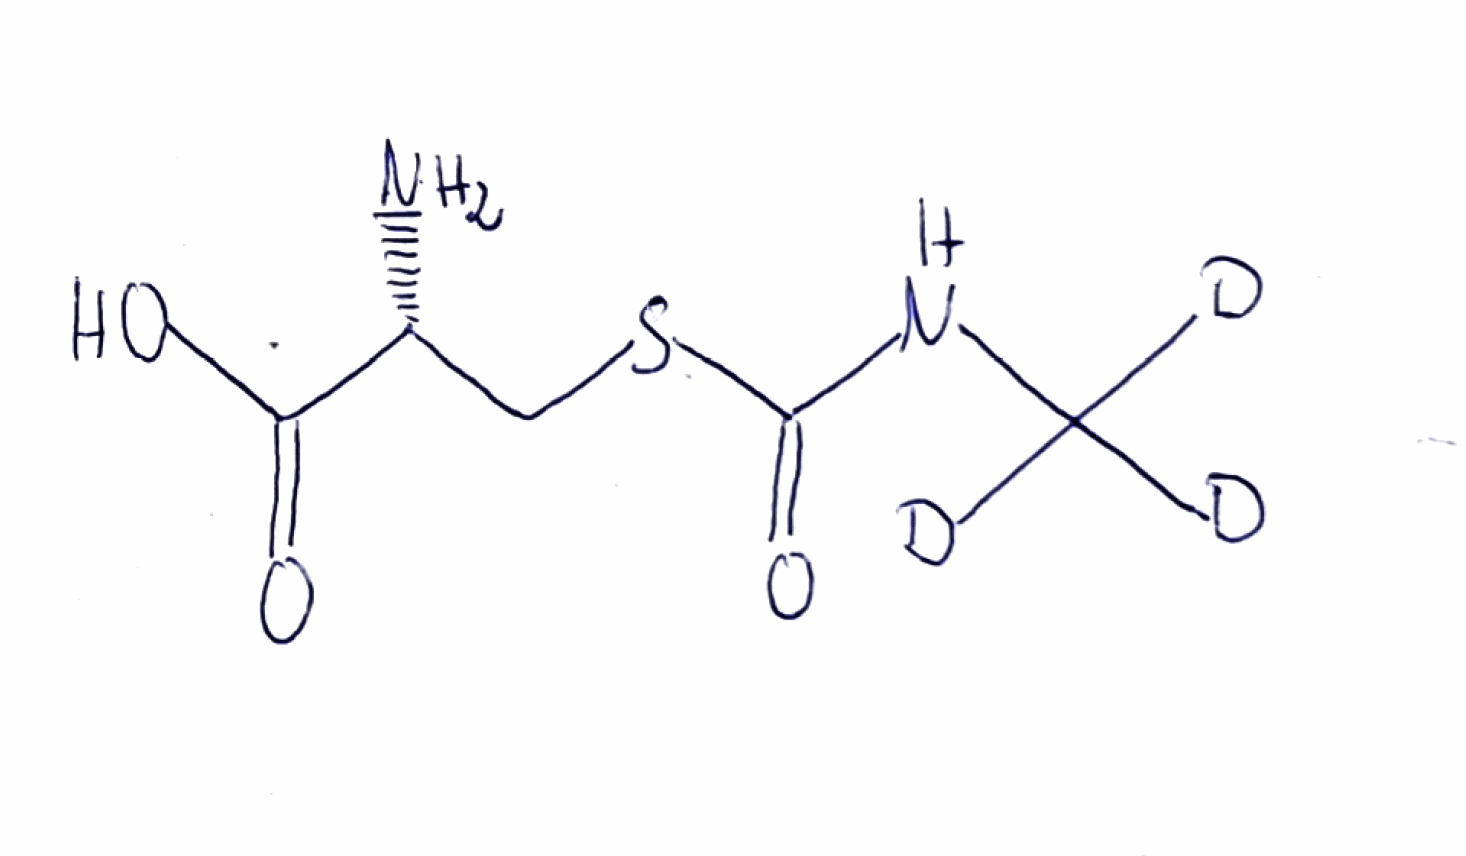
Simplified molecular-input line-entry system (SMILES) notation of the given molecule:
[2H]C([2H])([2H])NC(=O)SC[C@H](C(=O)O)N